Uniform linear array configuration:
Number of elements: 12
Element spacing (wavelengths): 1
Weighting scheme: exponential
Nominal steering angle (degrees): -15
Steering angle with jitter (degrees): -14.898
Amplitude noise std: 0.05
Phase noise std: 0.05

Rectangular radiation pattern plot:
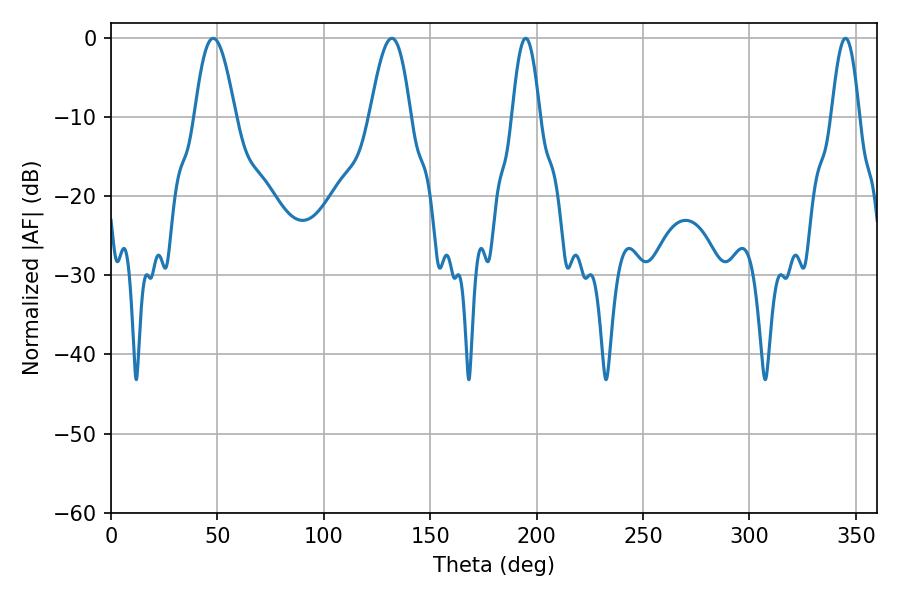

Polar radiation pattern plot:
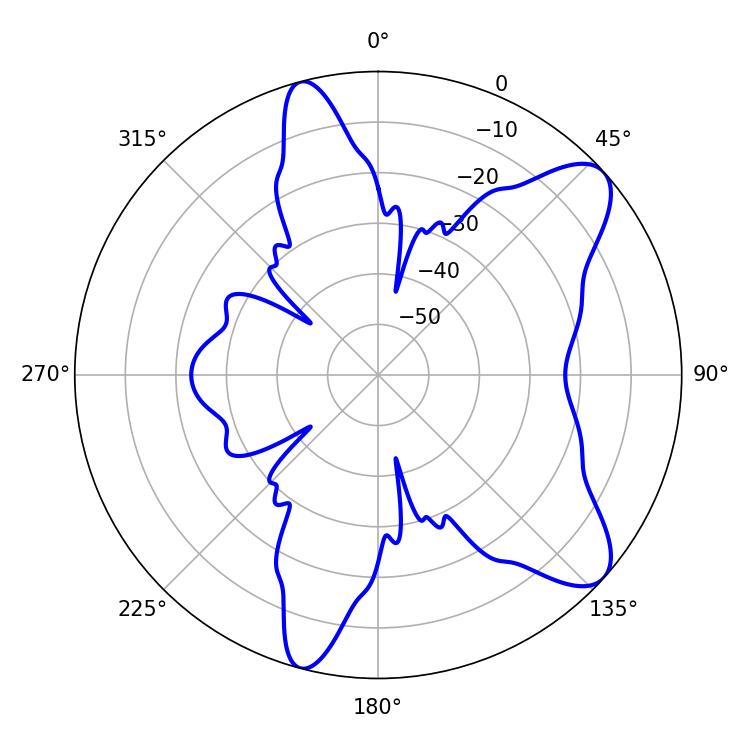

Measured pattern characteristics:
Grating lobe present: TRUE
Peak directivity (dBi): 9.239
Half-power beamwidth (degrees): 10.26
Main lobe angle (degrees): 48.06